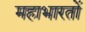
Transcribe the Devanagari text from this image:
महाभारतों